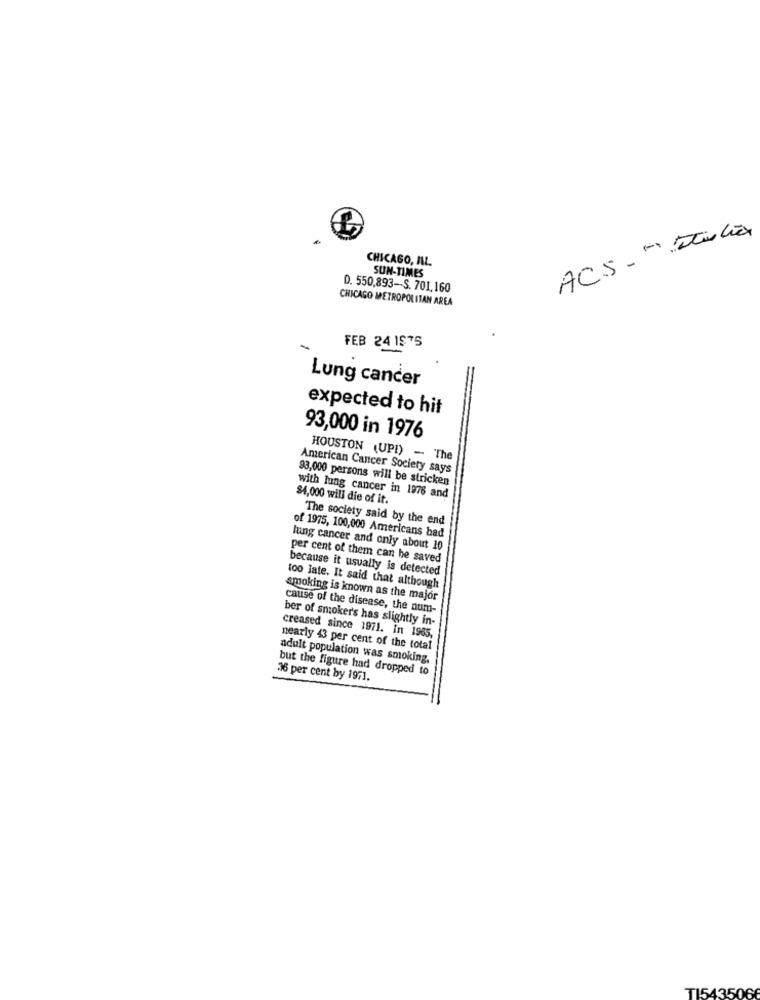
AC.S . t) Italia
CHICAGO, AL
SUN-TIMES
D. 550,893 -- S. 701,160
CHICAGO METROPOLITAN AREA
FEB 24 1$75
Lung cancer
expected to hit
93,000 in 1976
HOUSTON (UP!) - The
American Cancer Society says
93,000 persons will be stricken
$4,000 will die of it.
with lung cancer in 1976 and
The society said by the end
of 1975, 100,000 Americans bad
lung cancer and only about 10
per cent of them can be saved
because it usually is detected
too late. It said that although
smoking is known as the major
cause of the disease, the num-
ber of smoker's has slightly in-
creased since 1971. In 1965,
nearly 43 per cent of the total
adult population was smoking.
but the figure had dropped to
36 per cent by 1971.
T15435066